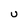
Character: U